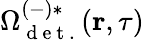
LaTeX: \Omega_{\mathrm{~d~e~t~.~}}^{(-)*}(\textbf{r},\tau)